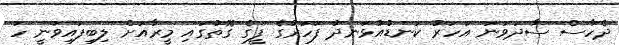
ދެހާސް ސާދަވަނަ އަހަރު ކަނޑުއުޅަނދު ފަހަރުގެ ފީގެ ގޮތުގައި މީރާއަށް ލިބިފައިވަނީ ހަ